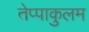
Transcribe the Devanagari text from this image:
तेप्पाकुलम